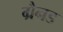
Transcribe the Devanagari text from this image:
ग्रैनड